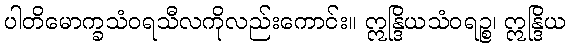
ပါတိမောက္ခသံဝရသီလကိုလည်းကောင်း။ ဣန္ဒြိယသံဝရဉ္စ၊ ဣန္ဒြိယ